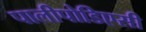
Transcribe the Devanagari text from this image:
पालीपोडिएसी